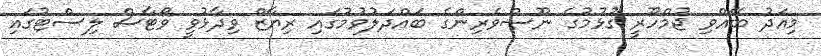
މިއަދު ބޭއްވި ޖުމްހޫރީ ގުޅުމުގެ ނޫސްވެރިންގެ ބައްދަލުވުމުގައި ރިޔާޒް ވިދާޅުވީ ވޯޓާސް ލިސްޓުގައި